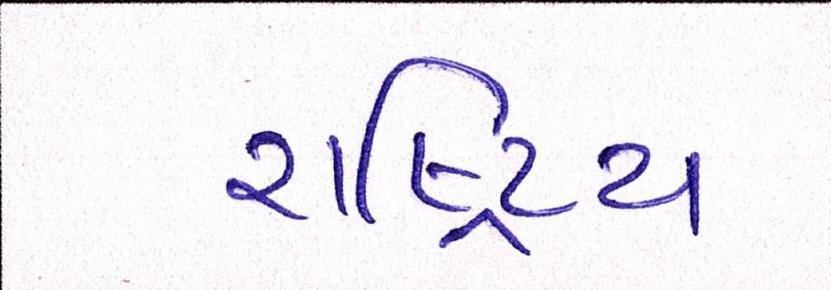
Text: રાષ્ટ્રિય